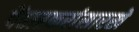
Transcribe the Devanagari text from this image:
पेंढारकरांसारखे